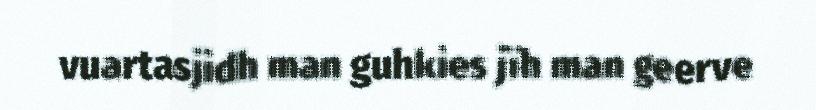
vuartasjidh man guhkies jïh man geerve